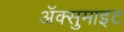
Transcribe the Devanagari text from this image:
अॅक्सुमाइट